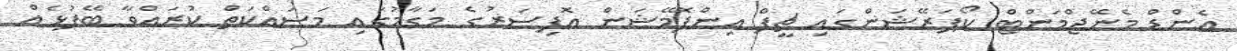
އެންޑް މެނޭޖްމަންޓް ކޯޕަރޭޝަންގައި ޗީފް އިންފޮމޭޝަން އޮފިސަރުގެ މަގާމުގައި މަސައްކަތް ކުރައްވާ ބޭފުޅެއް